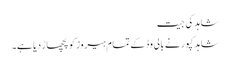
شاہد کی جیت
شاہد کپور نے بالی وڈ کے تمام ہیروز کو پچھاڑ دیا ہے۔